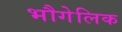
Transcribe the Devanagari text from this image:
भौगेलिक